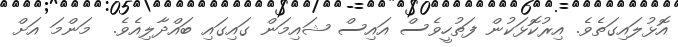
އޮޅުލައިގަތެވެ. އިރުކޮޅަކުން ފަތުހީވެސް އައިސް ޝައިމަން ގައިގައި ބައްދާލިއެވެ.  މަންމަ އަށް